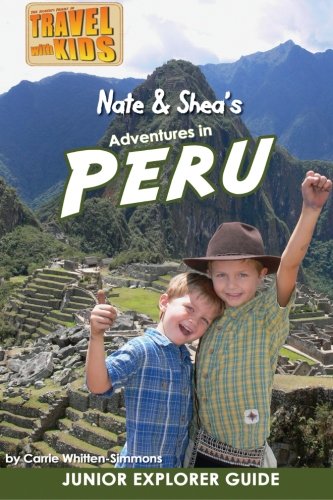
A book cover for Nate & Shea's Adventures in Peru (Volume 4); Carrie Simmons; Travel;